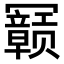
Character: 𫤽